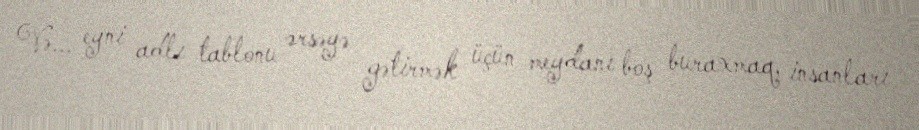
Və... eyni adlı tablonu ərsəyə gətirmək üçün meydanı boş buraxmaq, insanları